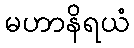
မဟာနိရယံ